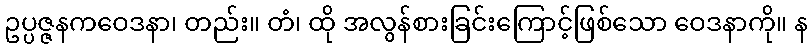
ဥပ္ပဇ္ဇနကဝေဒနာ၊ တည်း။ တံ၊ ထို အလွန်စားခြင်းကြောင့်ဖြစ်သော ဝေဒနာကို။ န